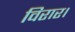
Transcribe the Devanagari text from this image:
विरार।